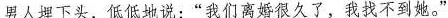
男人埋下头，低低地说：“我们离婚很久了，我找不到她。”